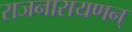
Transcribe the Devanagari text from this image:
राजनारायणन्